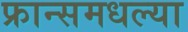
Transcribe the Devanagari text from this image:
फ्रान्समधल्या